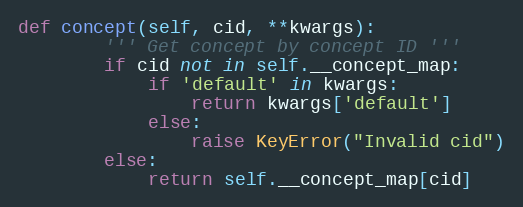
Language: Python
def concept(self, cid, **kwargs):
        ''' Get concept by concept ID '''
        if cid not in self.__concept_map:
            if 'default' in kwargs:
                return kwargs['default']
            else:
                raise KeyError("Invalid cid")
        else:
            return self.__concept_map[cid]